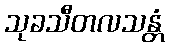
သုခသီတလသန္တံ